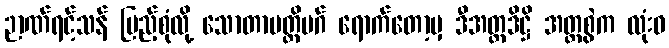
ဉာဏ်ရင့်သန် ပြည့်စုံလို့ သောတာပတ္တိမဂ် ရောက်တော့မှ ဒီအတ္တဒိဋ္ဌိ အတ္တစွဲက လုံးဝ